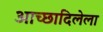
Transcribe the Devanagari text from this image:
आच्छादिलेला